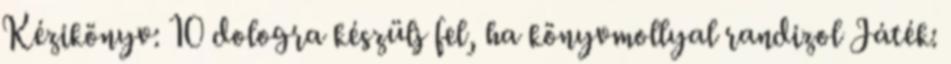
Kézikönyv: 10 dologra készülj fel, ha könyvmollyal randizol Játék: